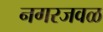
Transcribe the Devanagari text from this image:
नगरजवळ